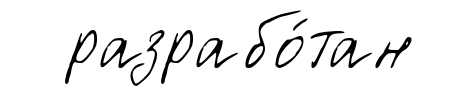
разрабо́тан